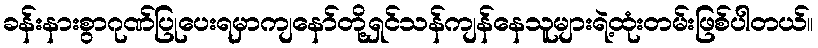
ခန်းနားစွာဂုဏ်ပြုပေးရမှာကျနော်တို့ရှင်သန်ကျန်နေသူများရဲ့ထုံးတမ်းဖြစ်ပါတယ်။